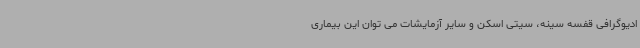
ادیوگرافی قفسه سینه، سیتی اسکن و سایر آزمایشات می توان این بیماری